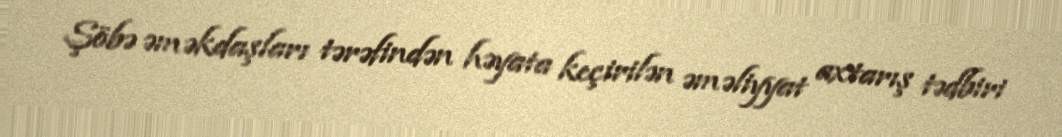
Şöbə əməkdaşları tərəfindən həyata keçirilən əməliyyat axtarış tədbiri